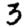
Digit: 3